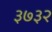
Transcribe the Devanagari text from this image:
३७३२